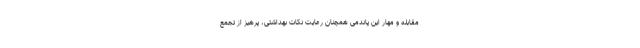
مقابله و مهار این پاندمی همچنان رعایت نکات بهداشتی، پرهیز از تجمع